Burma Government Medical School reports 1923-41
Year: 1923
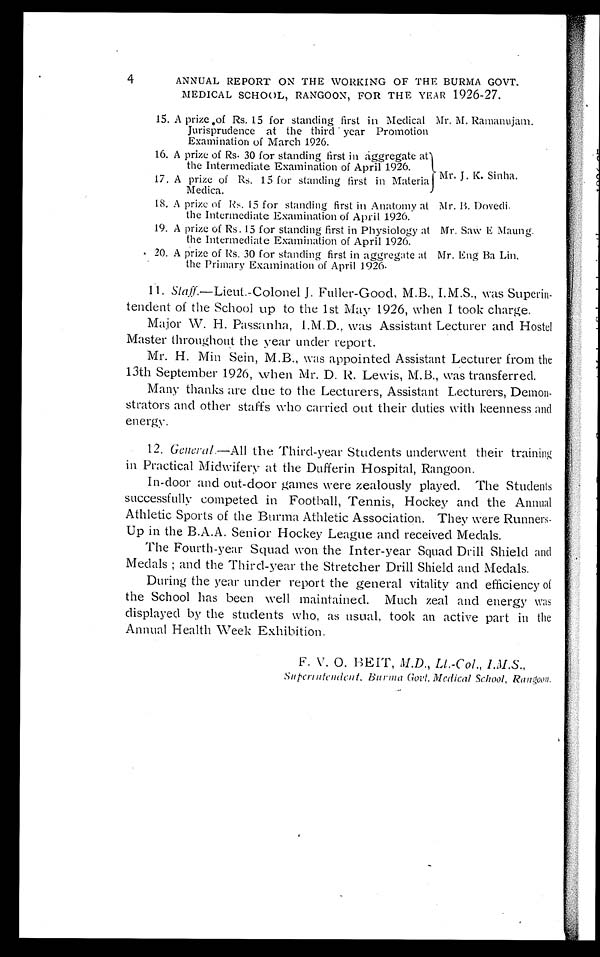
4
ANNUAL REPORT ON THE WORKING OF THE BURMA GOVT.
MEDICAL SCHOOL, RANGOON, FOR THE YEAR 1926-27.
15. A prize of Rs. 15 for standing first in Medical
Jurisprudence at the third year Promotion
Examination of March 1926.
Mr. M. Ramanujam.
16. A prize of Rs. 30 for standing first in aggregate at
the Intermediate Examination of April 1926.
17. A prize of Rs. 15 for standing first in Materia
Medica.
Mr. J. K. Sinha.
18. A prize of Rs. 15 for standing first in Anatomy at
the Intermediate Examination of April 1926.
Mr. B. Dovedi
19. A prize of Rs. 15 for standing first in Physiology at
the Intermediate Examination of April 1926.
Mr. Saw E Maung.
20. A prize of Rs. 30 for standing first in aggregate at
the Primary Examination of April 1926.
Mr. Eng Ba Lin
.
11.
Staff.—Lieut.-Colonel J. Fuller-Good, M.B., I.M.S., was Superin
-tendent of the School up to the 1st May 1926, when I took charge.
Major W. H. Passanha, I.M.D., was Assistant Lecturer and Hostel
Master throughout the year under report.
Mr. H. Min Sein, M.B., was appointed Assistant Lecturer from the
13th September 1926, when Mr. D. R. Lewis, M.B., was transferred.
Many thanks are due to the Lecturers, Assistant Lecturers, Demon
-strators and other staffs who carried out their duties with keenness and
energy.
12.
General .—All the Third-year Students underwent their training
in Practical Midwifery at the Dufferin Hospital, Rangoon.
In-door and out-door games were zealously played. The Students
successfully competed in Football, Tennis, Hockey and the Annual
Athletic Sports of the Burma Athletic Association. They were Runners-
Up in the B.A.A. Senior Hockey League and received Medals.
The Fourth-year Squad won the Inter-year Squad Drill Shield and
Medals; and the Third-year the Stretcher Drill Shield and Medals.
During the year under report the general vitality and efficiency of
the School has been well maintained. Much zeal and energy was
displayed by the students who, as usual, took an active part in the
Annual Health Week Exhibition.
F. V. O. BEIT, M.D., Lt.-Col., I.M.S.,
Superintendent. Burma Govt. Medical School, Rangoon.